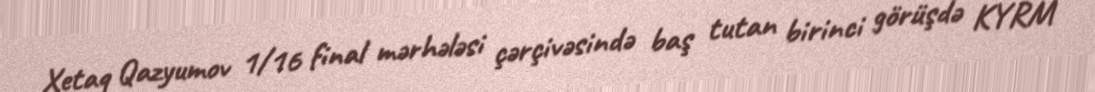
Xetaq Qazyumov 1/16 final mərhələsi çərçivəsində baş tutan birinci görüşdə KYRM